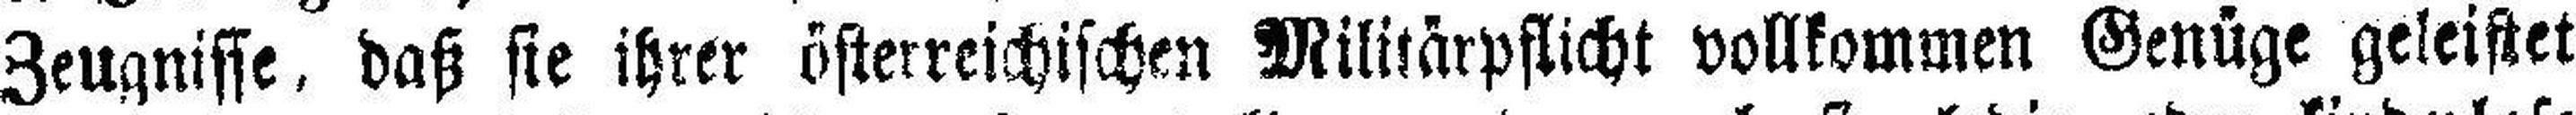
Zeugnisse, daß sie ihrer österreichischen Militärpflicht vollkommen Genüge geleistet